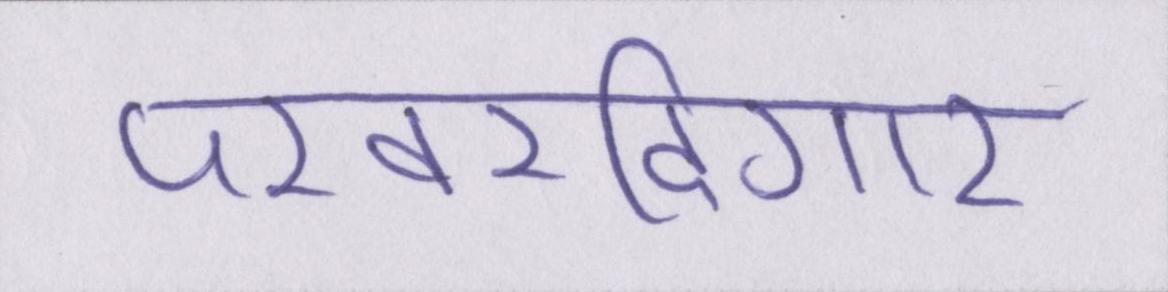
परवरदिगार